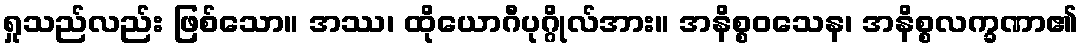
ရှုသည်လည်း ဖြစ်သော။ အဿ၊ ထိုယောဂီပုဂ္ဂိုလ်အား။ အနိစ္စဝသေန၊ အနိစ္စလက္ခဏာ၏